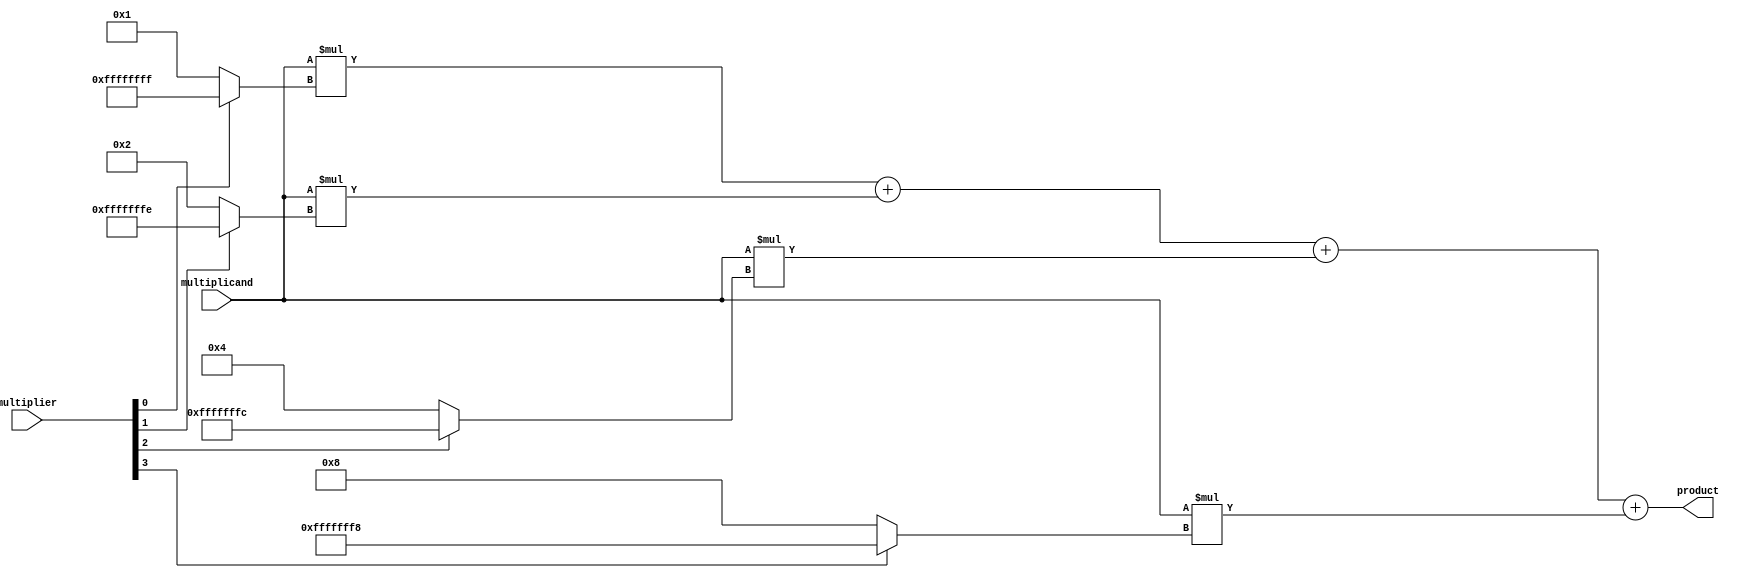
module parallel_booth_multiplier(
input [15:0] multiplicand,
input [15:0] multiplier,
output reg [31:0] product
);

reg [31:0] partial_products [3:0];

always @ (*)
begin
    // Generate partial products using Booth encoding
    partial_products[0] <= multiplicand * (multiplier[0] ? -1 : 1);
    partial_products[1] <= multiplicand * (multiplier[1] ? -2 : 2);
    partial_products[2] <= multiplicand * (multiplier[2] ? -4 : 4);
    partial_products[3] <= multiplicand * (multiplier[3] ? -8 : 8);
    
    // Sum up partial products to obtain final product
    product <= partial_products[0] + partial_products[1] + partial_products[2] + partial_products[3];
end

endmodule